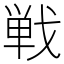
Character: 戦